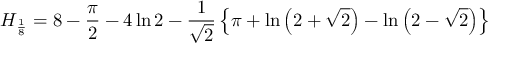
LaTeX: H _ { \frac { 1 } { 8 } } = 8 - { \frac { \pi } { 2 } } - 4 \ln { 2 } - { \frac { 1 } { \sqrt { 2 } } } \left\{ \pi + \ln \left( 2 + { \sqrt { 2 } } \right) - \ln \left( 2 - { \sqrt { 2 } } \right) \right\}